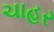
ચાહર